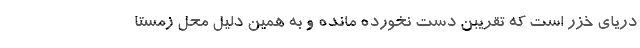
دریای خزر است که تقریبن دست نخورده مانده و به همین دلیل محل زمستا